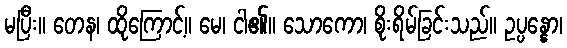
မပြီး။ တေန၊ ထိုကြောင့်။ မေ၊ ငါ၏။ သောကော၊ စိုးရိမ်ခြင်းသည်။ ဥပ္ပန္နော၊